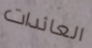
العائدات